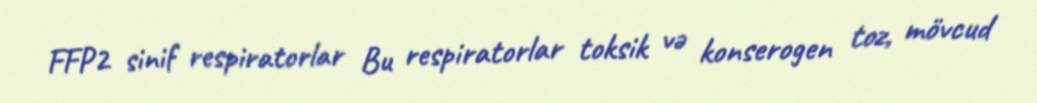
FFP2 sinif respiratorlar Bu respiratorlar toksik və konserogen toz, mövcud